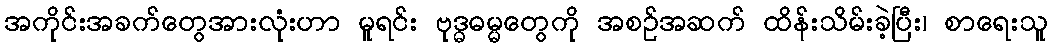
အကိုင်းအခက်တွေအားလုံးဟာ မူရင်း ဗုဒ္ဓဓမ္မတွေကို အစဉ်အဆက် ထိန်းသိမ်းခဲ့ပြီး၊ စာရေးသူ